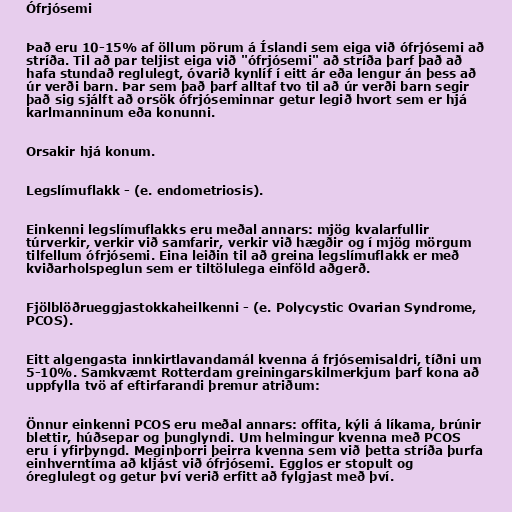
Ófrjósemi

Það eru 10-15% af öllum pörum á Íslandi sem eiga við ófrjósemi að
stríða. Til að par teljist eiga við "ófrjósemi" að stríða þarf það að
hafa stundað reglulegt, óvarið kynlíf í eitt ár eða lengur án þess að
úr verði barn. Þar sem það þarf alltaf tvo til að úr verði barn segir
það sig sjálft að orsök ófrjóseminnar getur legið hvort sem er hjá
karlmanninum eða konunni.

Orsakir hjá konum.

Legslímuflakk - (e. endometriosis).

Einkenni legslímuflakks eru meðal annars: mjög kvalarfullir
túrverkir, verkir við samfarir, verkir við hægðir og í mjög mörgum
tilfellum ófrjósemi. Eina leiðin til að greina legslímuflakk er með
kviðarholspeglun sem er tiltölulega einföld aðgerð.

Fjölblöðrueggjastokkaheilkenni - (e. Polycystic Ovarian Syndrome,
PCOS).

Eitt algengasta innkirtlavandamál kvenna á frjósemisaldri, tíðni um
5-10%. Samkvæmt Rotterdam greiningarskilmerkjum þarf kona að
uppfylla tvö af eftirfarandi þremur atriðum:

Önnur einkenni PCOS eru meðal annars: offita, kýli á líkama, brúnir
blettir, húðsepar og þunglyndi. Um helmingur kvenna með PCOS
eru í yfirþyngd. Meginþorri þeirra kvenna sem við þetta stríða þurfa
einhverntíma að kljást við ófrjósemi. Egglos er stopult og
óreglulegt og getur því verið erfitt að fylgjast með því.